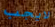
لايجب